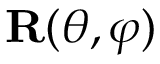
\mathbf { R } ( \theta , \varphi )